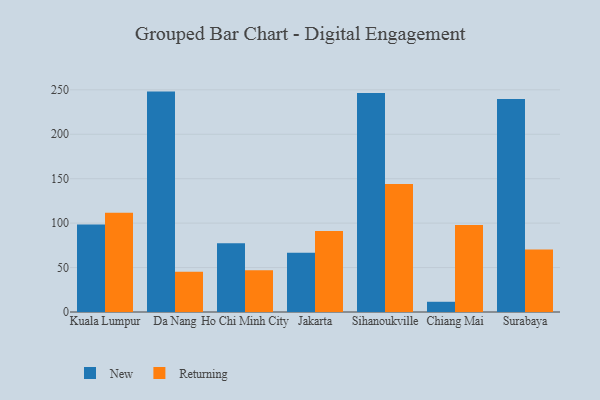
{"axis": {"x": "City", "y": "Operating Costs (USD K)"}, "legend": ["New", "Returning"], "data": [{"x": "Kuala Lumpur", "y": 98.4, "type": "New"}, {"x": "Kuala Lumpur", "y": 111.6, "type": "Returning"}, {"x": "Da Nang", "y": 248.0, "type": "New"}, {"x": "Da Nang", "y": 45.4, "type": "Returning"}, {"x": "Ho Chi Minh City", "y": 77.4, "type": "New"}, {"x": "Ho Chi Minh City", "y": 46.9, "type": "Returning"}, {"x": "Jakarta", "y": 66.8, "type": "New"}, {"x": "Jakarta", "y": 91.1, "type": "Returning"}, {"x": "Sihanoukville", "y": 246.5, "type": "New"}, {"x": "Sihanoukville", "y": 144.0, "type": "Returning"}, {"x": "Chiang Mai", "y": 11.5, "type": "New"}, {"x": "Chiang Mai", "y": 98.0, "type": "Returning"}, {"x": "Surabaya", "y": 239.8, "type": "New"}, {"x": "Surabaya", "y": 70.2, "type": "Returning"}]}